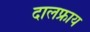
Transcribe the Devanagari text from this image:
दालफ्राय